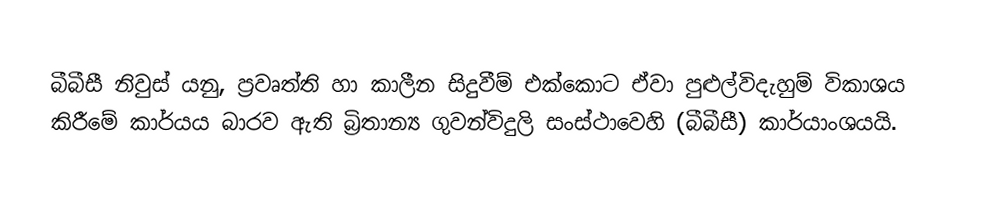
බීබීසී නිවුස් යනු, ප්‍රවෘත්ති හා කාලීන සිදුවීම් එක්කොට ඒවා පුළුල්විදැහුම් විකාශය කිරීමේ කාර්යය බාරව ඇති බ්‍රිතාන්‍ය ගුවන්විදුලි සංස්ථාවෙහි  (බීබීසී) කාර්යාංශයයි.